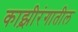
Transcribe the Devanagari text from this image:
काझ़ीरंगातील